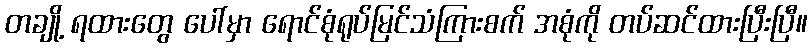
တချို့ ရထားတွေ ပေါ်မှာ ရောင်စုံရုပ်မြင်သံကြားစက် အစုံကို တပ်ဆင်ထားပြီးပြီ။